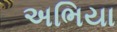
અભિયા